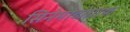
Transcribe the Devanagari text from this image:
सिनेमोटोग्राफ